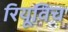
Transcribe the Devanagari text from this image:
रियूविच